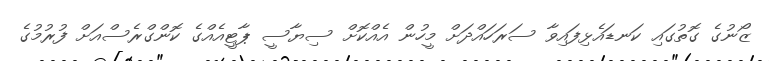
ޒޯނުގެ ގޮތުގައި ކަނޑައެޅިފައިވާ ސަރަހައްދަށް މީހުން އެއްކޮށް ސިޔާސީ ޕާޓީއެއްގެ ކޮންގްރެސްއަށް ފުރުމުގެ